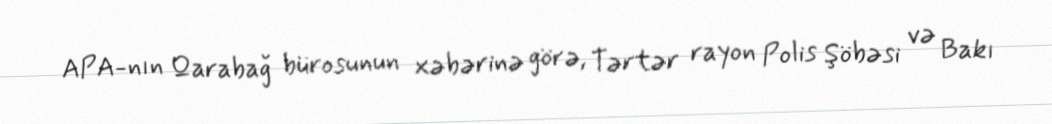
APA-nın Qarabağ bürosunun xəbərinə görə, Tərtər rayon Polis Şöbəsi və Bakı